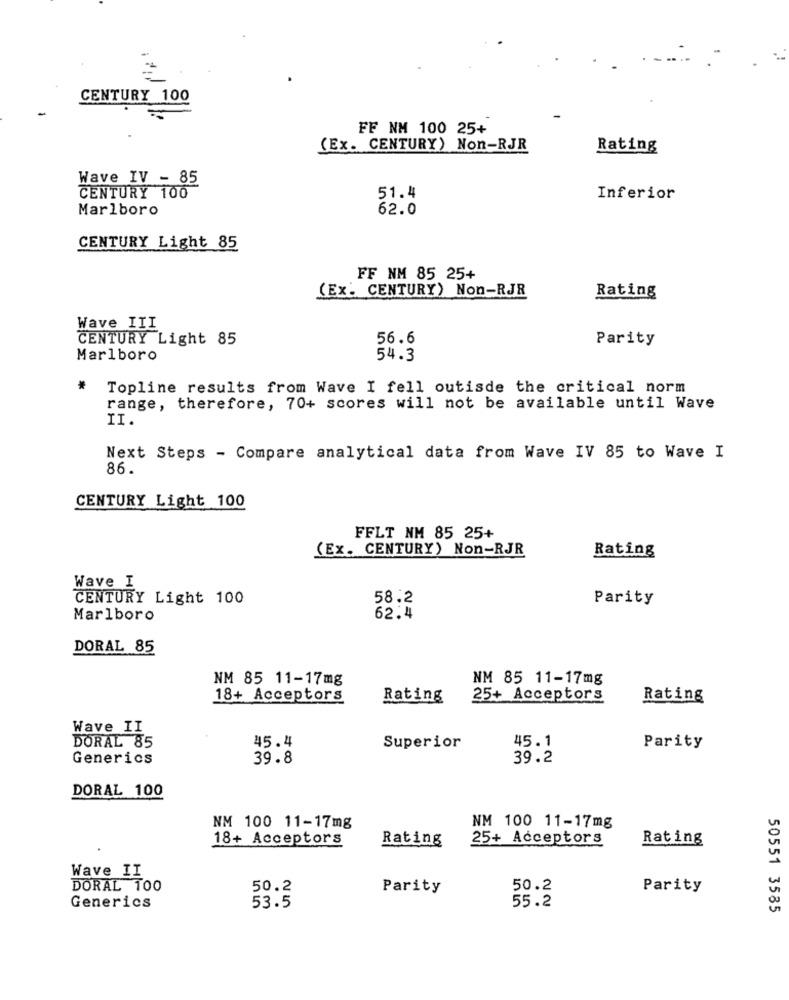
CENTURY 100
FF NM 100 25+
(Ex. CENTURY) Non-RJR
Rating
Wave IV - 85
CENTURY 100
51.4
Inferior
Marlboro
62.0
CENTURY Light 85
FF NM 85 25+
(Ex. CENTURY) Non-RJR
Rating
Wave III
CENTURY Light 85
56.6
Parity
Marlboro
54.3
*
Topline results from Wave I fell outisde the critical norm
range, therefore, 70+ scores will not be available until Wave
II.
Next Steps - Compare analytical data from Wave IV 85 to Wave I
86.
CENTURY Light 100
FFLT NM 85 25+
(Ex. CENTURY) Non-RJR
Rating
Wave I
CENTURY Light 100
58.2
Parity
Marlboro
62.4
DORAL 85
NM 85 11-17mg
NM 85 11-17mg
18+ Acceptors
Rating
25+ Acceptors
Rating
Wave II
Superior
45.1
DORAL 85
45.4
Parity
Generics
39.8
39.2
DORAL 100
NM 100 11-17mg
NM 100 11-17mg
18+ Acceptors
Rating
25+ Acceptors
Rating
Wave II
DORAL 100
50.2
Parity
50.2
Parity
Generics
53.5
55.2
50551 3585